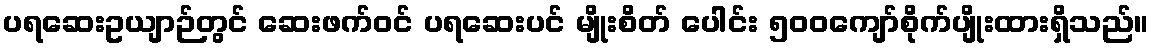
ပရဆေးဥယျာဉ်တွင် ဆေးဖက်ဝင် ပရဆေးပင် မျိုးစိတ် ပေါင်း ၅၀၀ကျော်စိုက်ပျိုးထားရှိသည်။